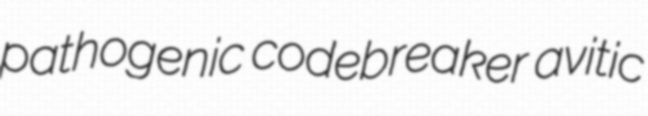
pathogenic codebreaker avitic